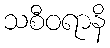
သစီဝရာနိ